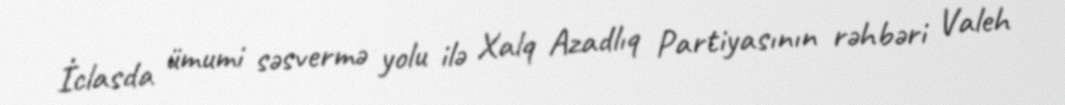
İclasda ümumi səsvermə yolu ilə Xalq Azadlıq Partiyasının rəhbəri Valeh